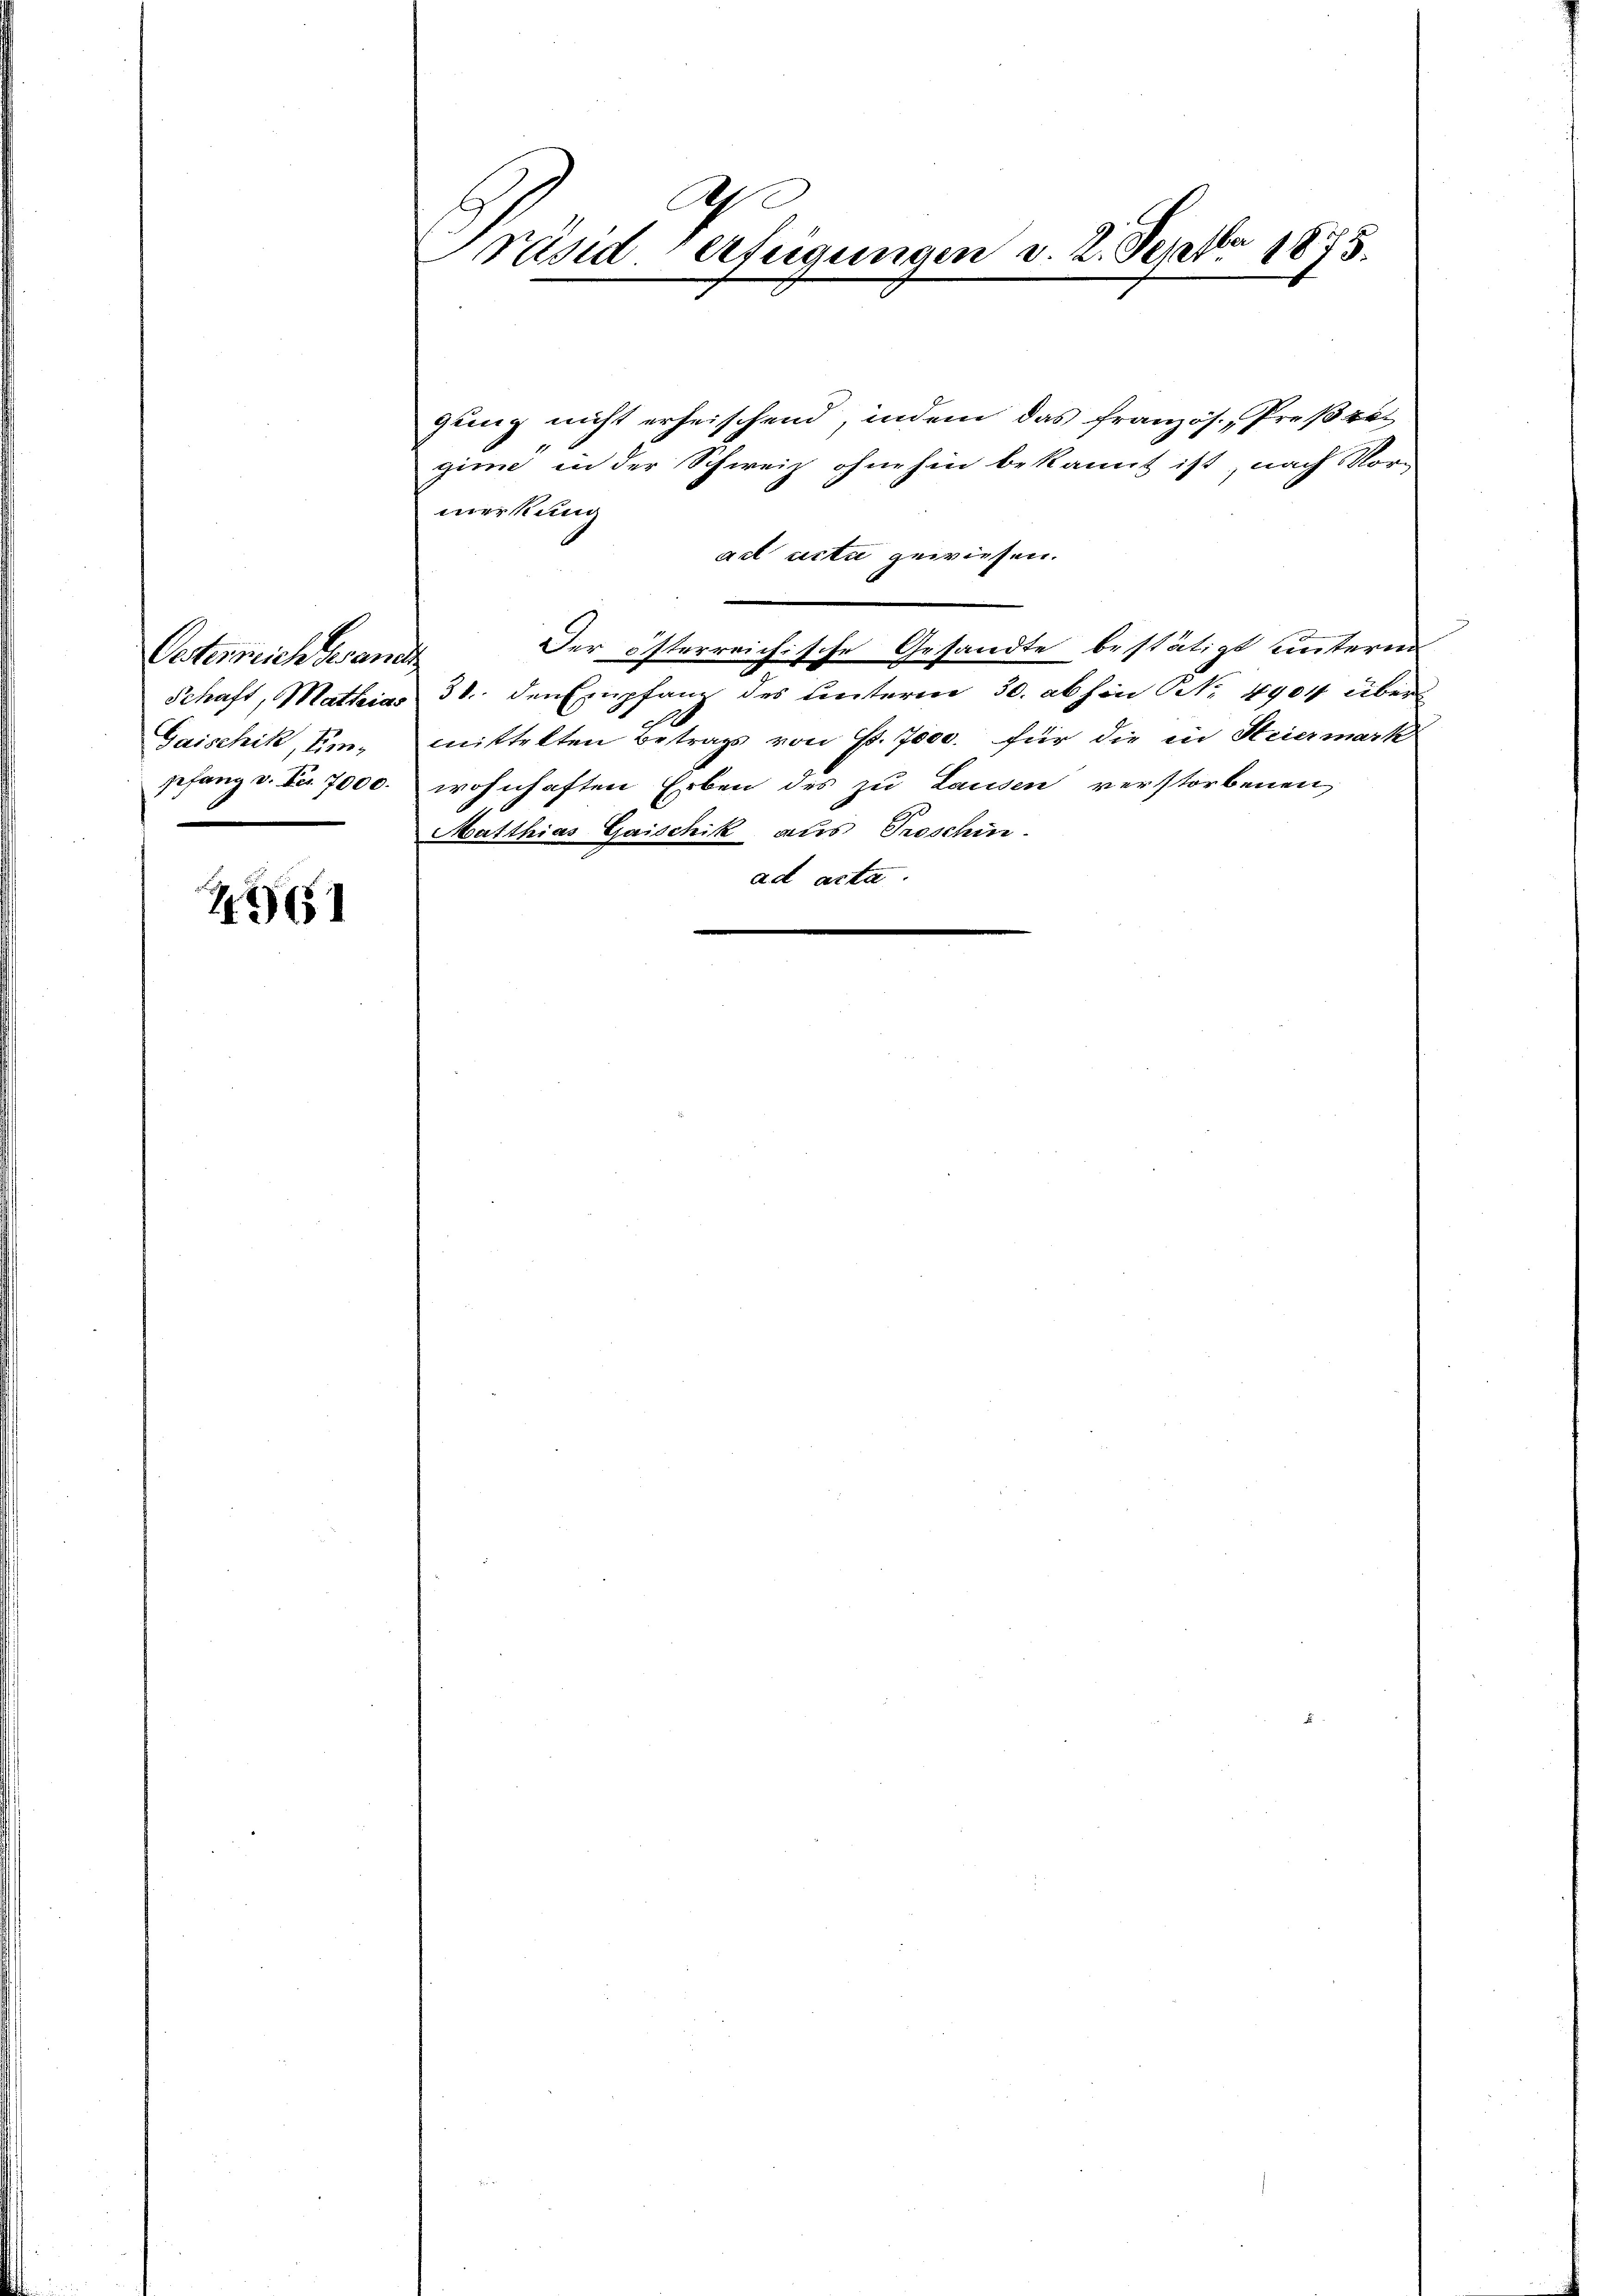
Oesterreich Gesandt
Gaischik, Ken¬

2561

gung nicht erheischend, indem das französ. Preßreginn in der Schweiz ohnehin bekannt ist, nach Mormerkung
act acta gewiesen.
Der österreichische Gesandte bestätigt unterm
Schaft, Mathias 30. den Empfang des unterm 30. abhin Nr. 4904 über
mittelten Betrags von Fr. 7000. für die in Steiermark
pfang v. Fr. 7000. wohnhaften Erben des zu Lausen verstorbenen,
Matthias Gaischik aus Proschin
ad acta.

h
Präsiderfügungen d. 2. Septbr 1875.